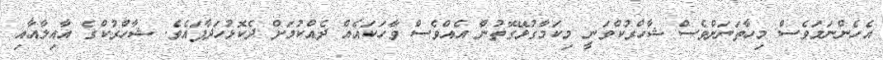
އެހެންނަމަވެސް މިހާތަނަށްވެސް ޝާހްރުކްވަނީ މިކަމާގުޅޭގޮތުން އެއްވެސް ވާހަކައެއް ދެއްކުމަށް ދެކޮޅުހަދާފައެވެ. ޝާހްރުކްގެ އާއިލާއާއި